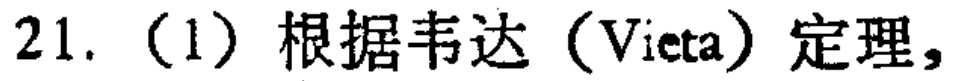
21. (1) 根据韦达（Vieta）定理，